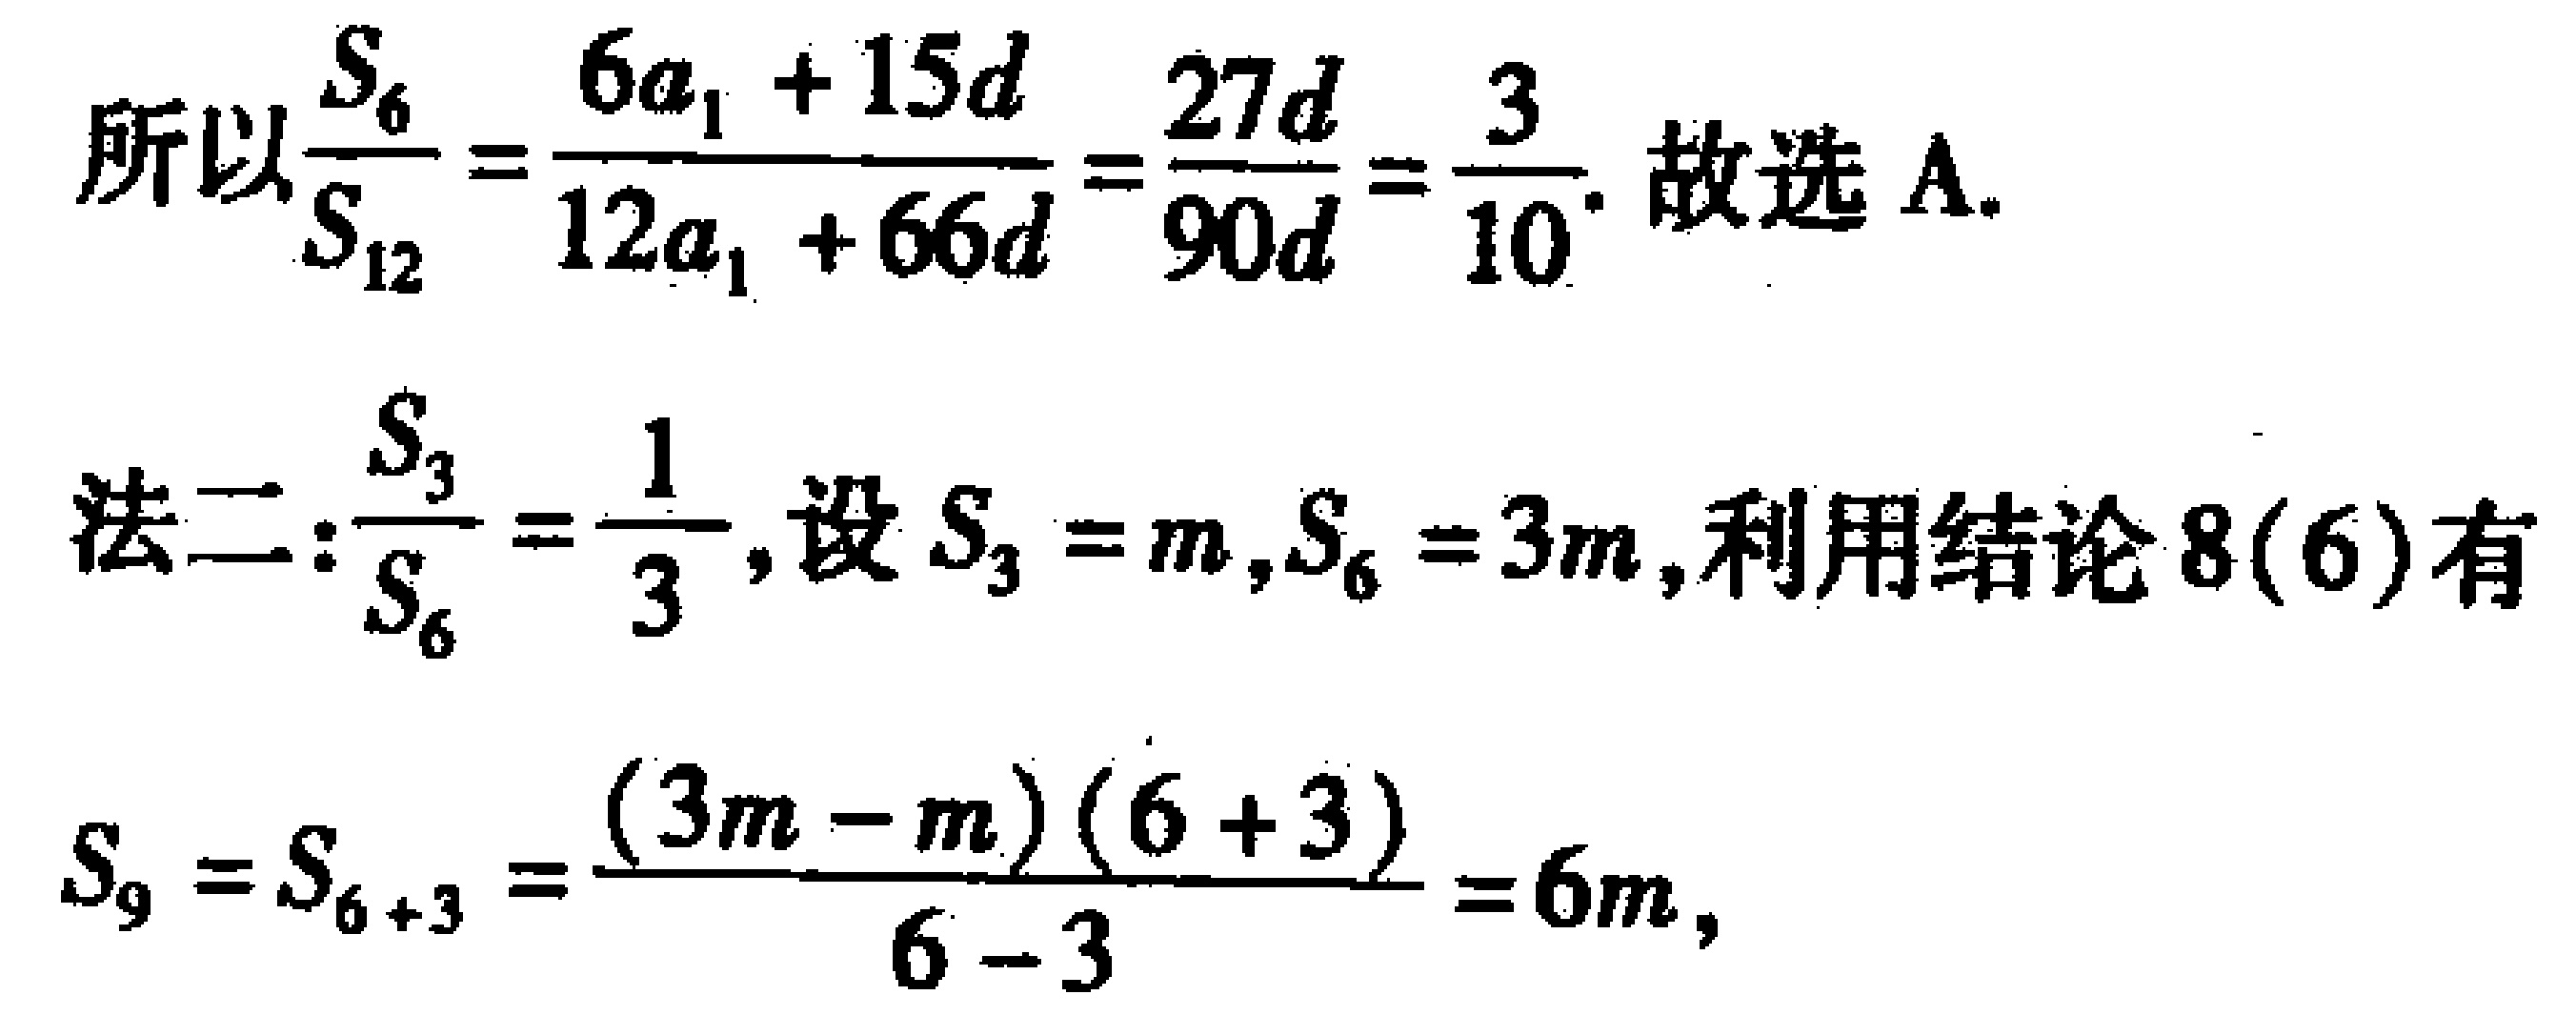
\[
\begin{align*}
&所以\frac{S_{6}}{S_{12}}=\frac{6a_{1} + 15d}{12a_{1} + 66d}=\frac{27d}{90d}=\frac{3}{10}. 故选A.\\
&法二:\frac{S_{3}}{S_{6}}=\frac{1}{3},设S_{3}=m,S_{6}=3m,利用结论8(6)有\\
&S_{9}=S_{6 + 3}=\frac{(3m - m)(6 + 3)}{6 - 3}=6m,
\end{align*}
\]